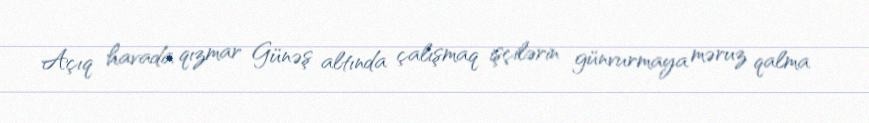
Açıq havada qızmar Günəş altında çalışmaq işçilərin günvurmaya məruz qalma